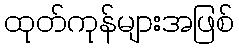
ထုတ်ကုန်များအဖြစ်